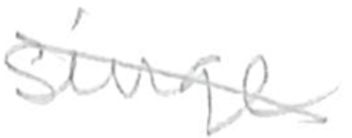
Text: singer
Cross-out: diagonal
Writing tool: pencil